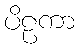
ပိဠကာ